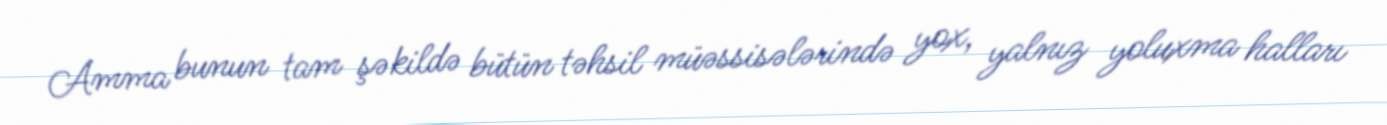
Amma bunun tam şəkildə bütün təhsil müəssisələrində yox, yalnız yoluxma halları